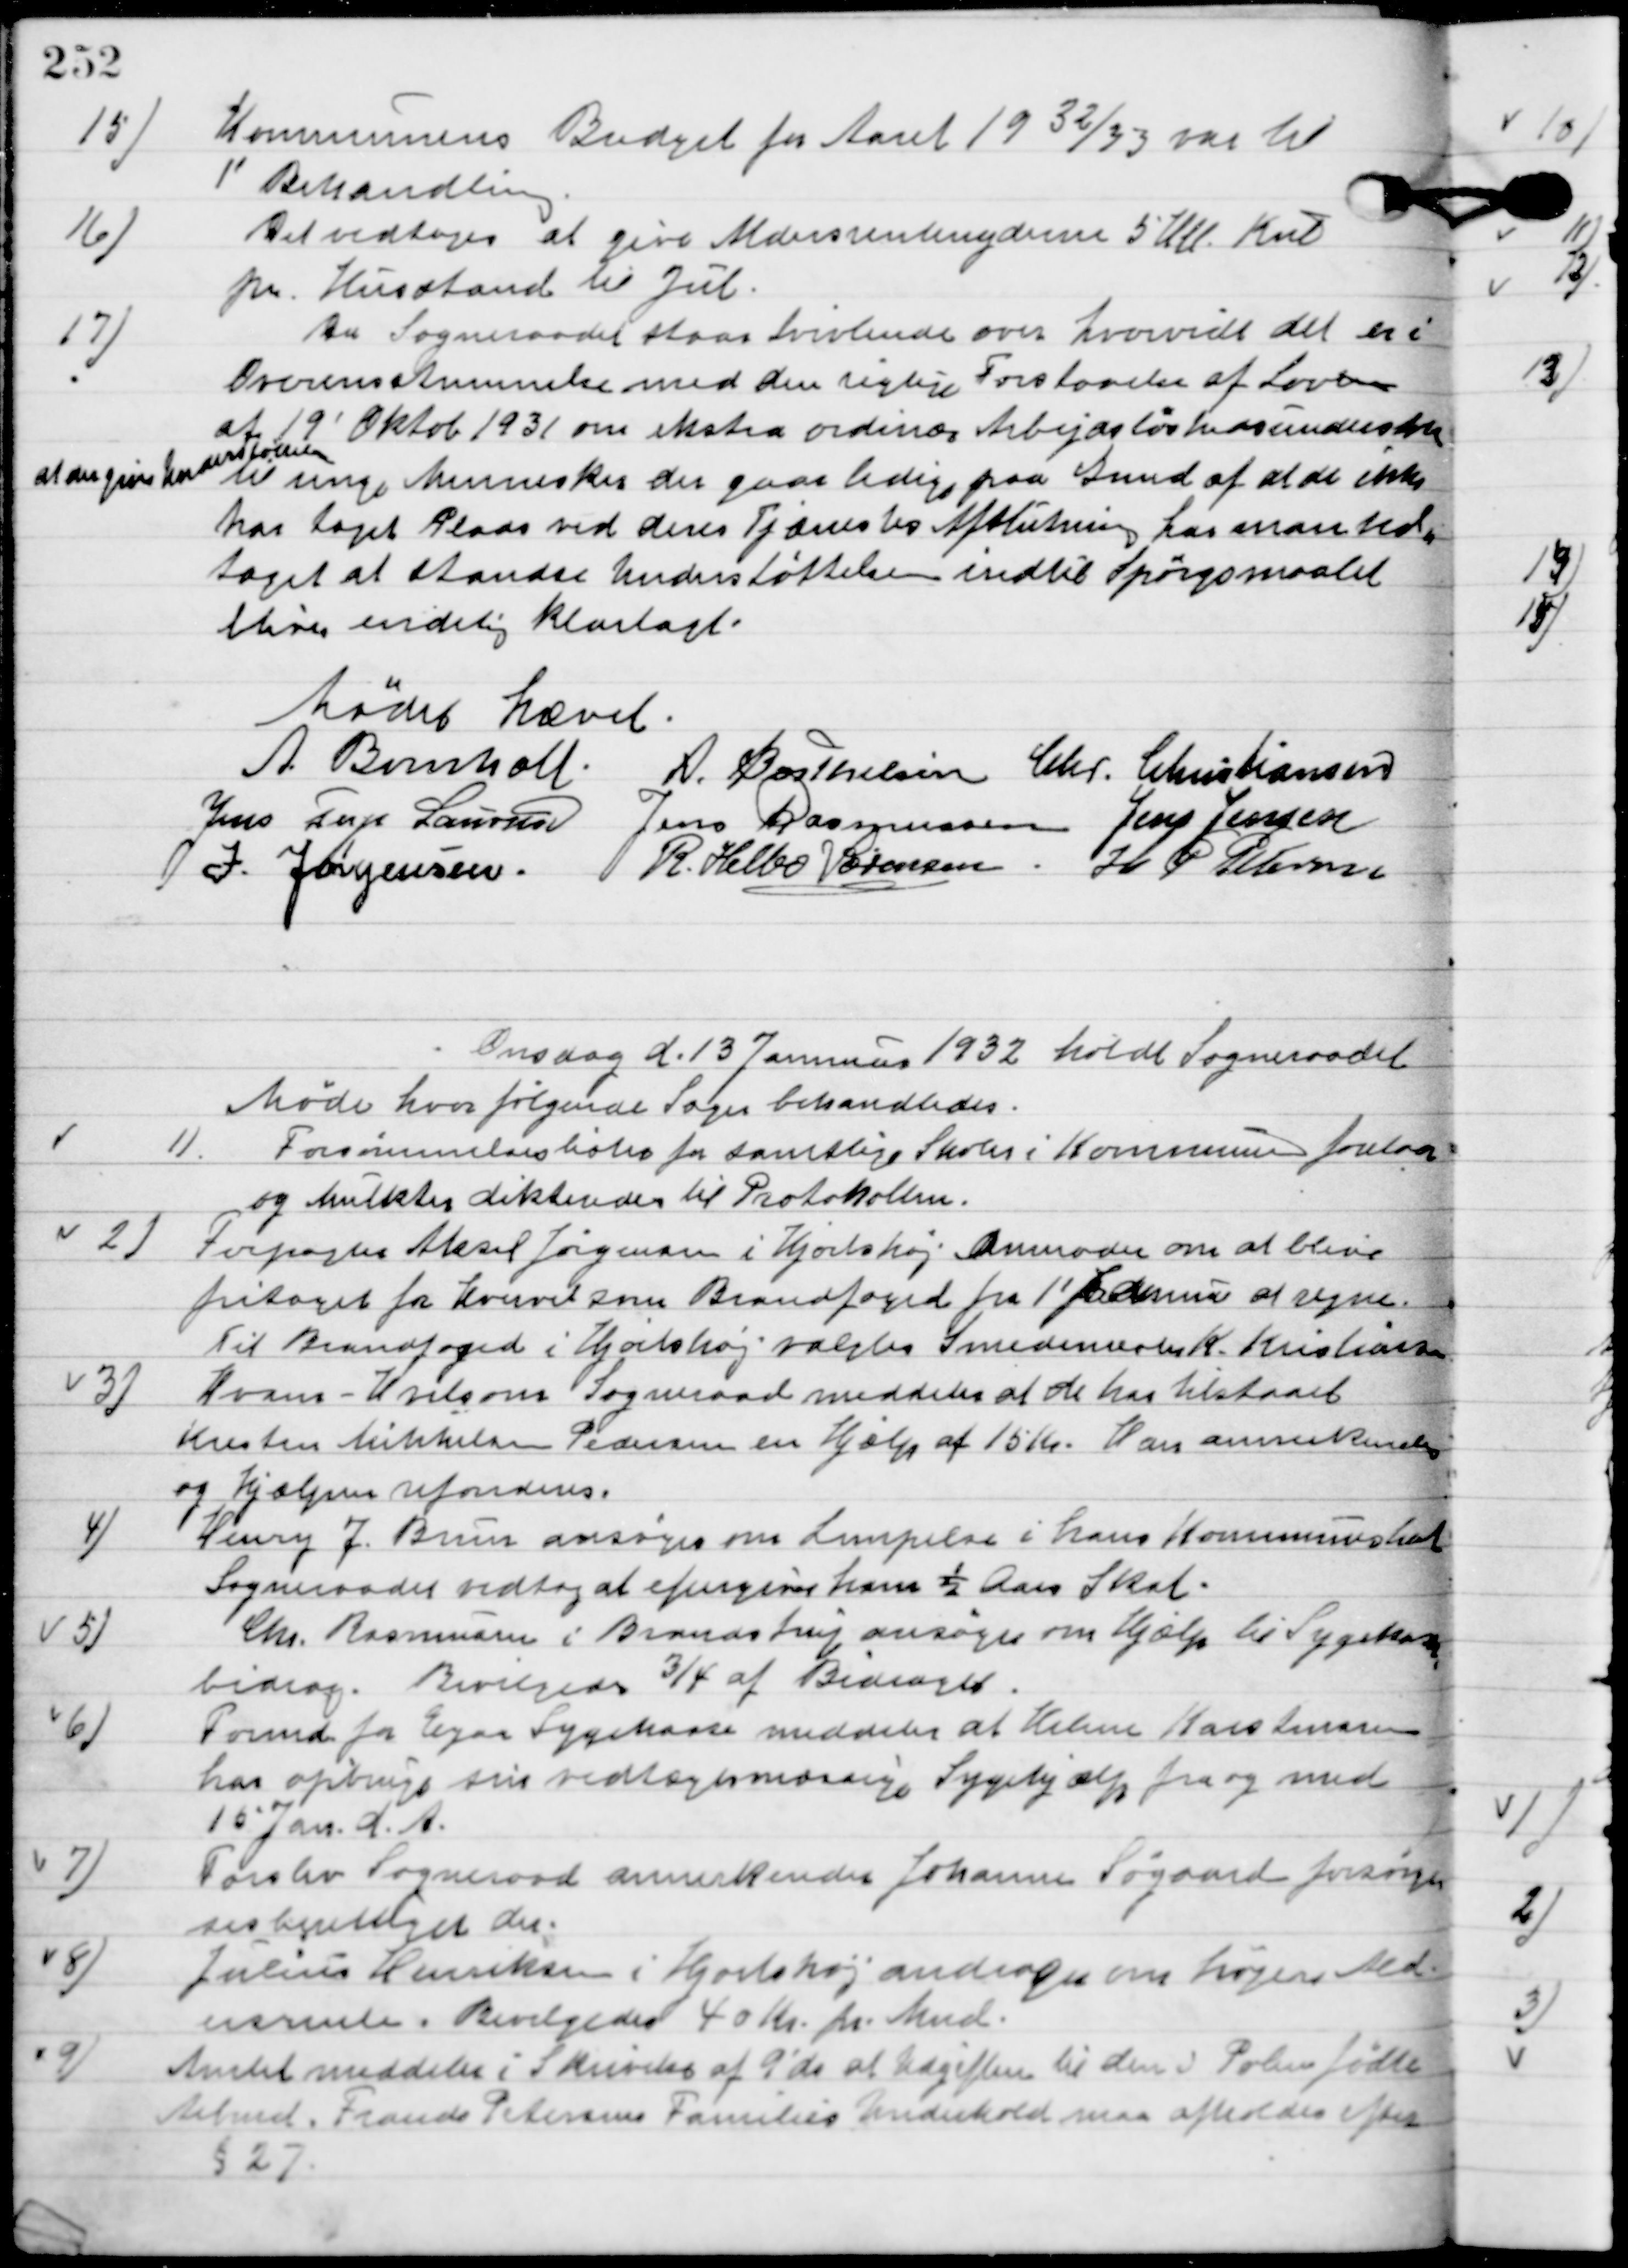
Transskription:
15.

Kommunens Budget for Aaret 1932/33 var til
1´Behandling.

16

Det vedtoges at give Aldersrentenyderen 5 Hk. Kul
pr. Husstand til Jul.

17

Da Sogneraadet staar tvivlende om hvorvidt det er i 
Overensstemmelse med den rigtige forstaaelse af Loven
af 19´Oktob. 1931 om ekstra ordinær Arbejdsløshedsunderstøttelse 
at der gives understøttelse
til unge Mennesker der gaar ledig paa grund af at de ikke
har taget Plads ved deres Tjæneste hos Afslutning har man ved-
taget at standse understøttelsen indtil Spørgsmaalet 
bliver endelig Klarlagt.

Mødet hævet.

A. Bomholt
A. Berthelsen
Chr. Christiansen
Jens Terp Laursen
Jens Rasmussen
Jens Jensen
I. Jørgensen
R. Helbo Sørensen
H. P. Petersen

Onsdag d. 13. Januar 1932 afholdt Sogneraadet
Møde hvor følgende Sager behandledes.

1

Forsømmelseslister for samtlige Skoler i Kommunen forelaa
og Mulkter dikteredes til Protokollen.

2

Forpagter Aksel Jørgensen i Hjortshøj anmoder om at blive
fritaget for Hvervet som Brandfoged fra 1´Februar at regne.
Til brandfoged i Hjortshøj valgtes Smedemester K. Kristiansen.

3

Hvam-Hvilsom Sogneraad meddeler at de har tilstaaet
Kristen Mikkelsen Pedersen en hjælp af 15 Kr. Han annerkendes
og Hjælpen refunderes.

4

Henry J. Brun ansøger om Lempelse i hans Kommuneskat.
Sogneraadet vedtog at eftergive ham ½ Aars Skat.

5

Chr. Rasmussen i Brandstrup ansøger om Hjælp til Sygekasse-
bidrag.
Bevilgedes ¾ af Bidraget.

6

Formd. For Egaa Sygekasse meddeler at Helene Karstensen
har opbrugt sin vederlagsmæssig Sygehjælp fra og med
15´Jan. d. A.

7

Forlev Sogneraad annekender Johanne Søgaard forsørgel-
sesberettiget der.

8

Julius Henriksen i Hjortshøj andrager om højere Alders-
rente.
Bevilgedes 40 Kr. pr. Mnd.

9

Amtet meddeler i Skrivelse af 9´ds. At Udgiften til den i Polen fødte
Arbmd. Frands Petersens families Underhold maa afholdes efter
 § 27.